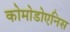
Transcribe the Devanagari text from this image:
कोमोडोएनिस